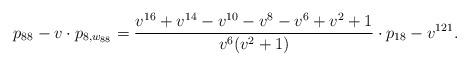
LaTeX: \begin{align*} p_{88} - v\cdot p_{8,w_{88}} = \frac{v^{16} + v^{14} - v^{10} - v^8 -v^6 + v^2 +1}{v^6(v^2+1)} \cdot p_{18} - v^{121}.\end{align*}